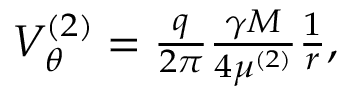
\begin{array} { r } { V _ { \theta } ^ { ( 2 ) } = \frac { q } { 2 \pi } \frac { \gamma M } { 4 \mu ^ { ( 2 ) } } \frac { 1 } { r } , } \end{array}